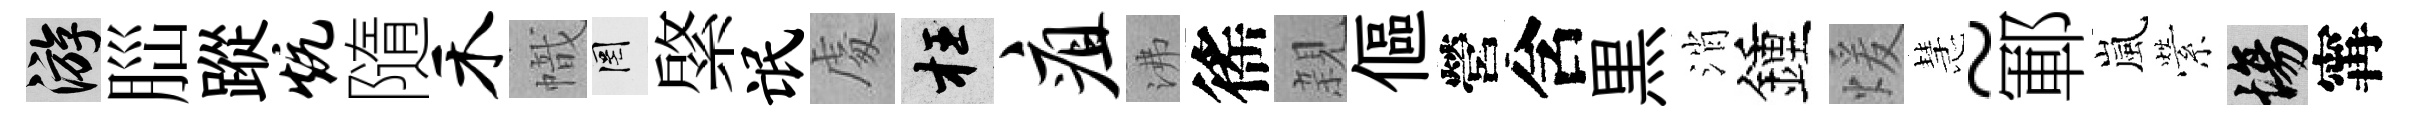
游𦛁蹤炕隨禾幟罔綮氓䖏枉疽沸徭親傴營含黒消鍾煖慧~鄆嵐縈場𡩋